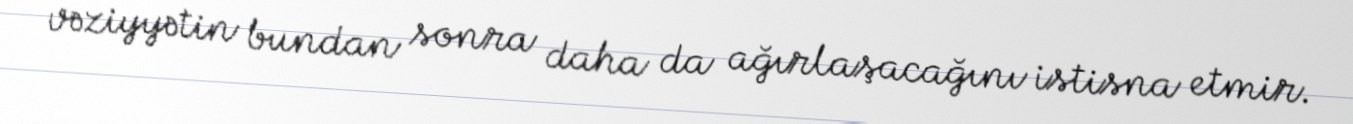
vəziyyətin bundan sonra daha da ağırlaşacağını istisna etmir.